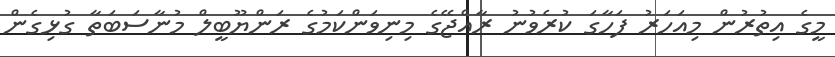
މީގެ އިތުރުން މިއަހަރު ފަހާގަ ކުރެވުނު ރާއްޖޭގެ މިނިވަންކަމުގެ ރަންޔޫބީލް މުނާސަބަތާ ގުޅިގެން